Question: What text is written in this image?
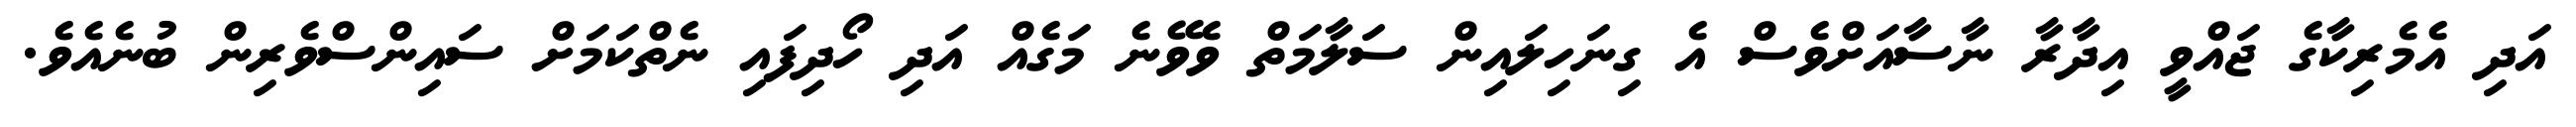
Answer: އަދި އެމެރިކާގެ ޖައްވީ އިދާރާ ނާސާއަށްވެސް އެ ގިނަހިލައިން ސަލާމަތް ވެވޭނެ މަގެއް އަދި ހޯދިފައި ނެތްކަމަށް ސައިންސްވެރިން ބުނެއެވެ.